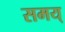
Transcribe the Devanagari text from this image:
समय्